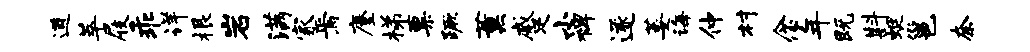
遒萃屐乖详根岩满家焉麈梯粟蹶薰蹙小裨遂萎诲仲村念年既斟蜓邕奈